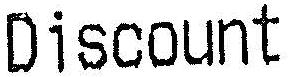
DISCOUNT